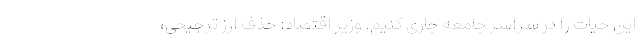
این حیات را در سراسر جامعه جاری کنیم. وزیر اقتصاد: حذف ارز ترجیحی،